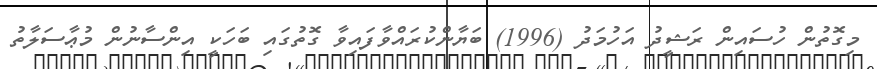
މިގޮތުން ހުސައިން ރަޝީދު އަހުމަދު (1996) ބަޔާންކުރައްވާފައިވާ ގޮތުގައި ބަހަކީ އިންސާނުން މުޢާސަލާތު